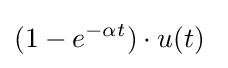
(1-e^{-\alpha t})\cdot u(t)\